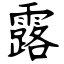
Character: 露